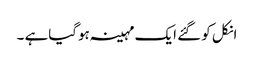
انکل کو گئے ایک مہینہ ہوگیاہے ۔